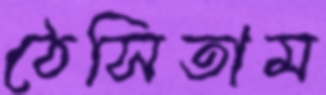
ঠেসিতাম